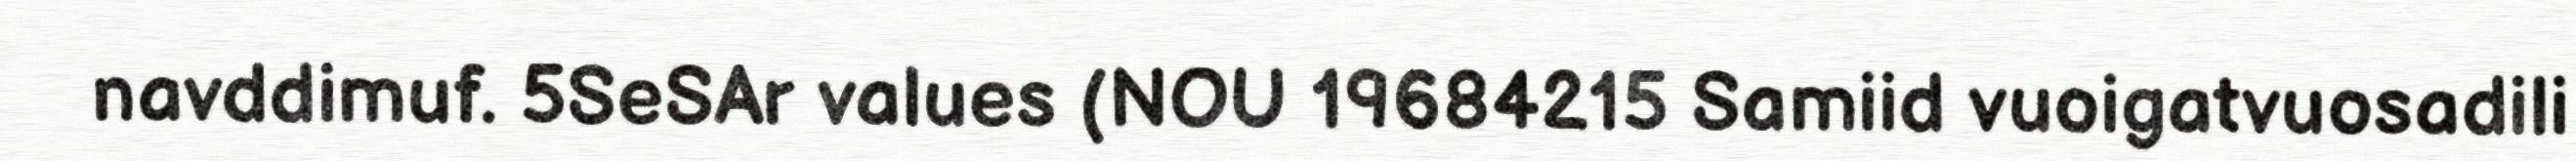
navddimuf. 5SeSAr values (NOU 19684215 Samiid vuoigatvuosadili